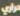
حراري